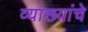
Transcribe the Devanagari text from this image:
व्याख्यांचे